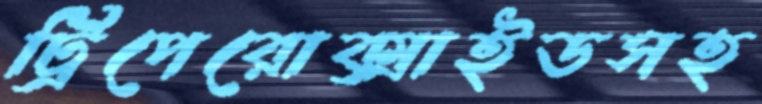
ট্রিপেরোক্সাইডসহ